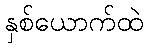
နှစ်ယောက်ထဲ